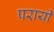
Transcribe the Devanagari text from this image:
परायी